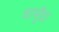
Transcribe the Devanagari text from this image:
चामुँडा